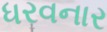
ધરવનાર